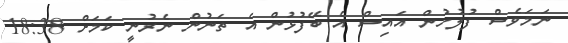
ނަމަވެސް ފުލުހުން އައިސް އެ ބޭފުޅުން އެ ތަނުން ނެރުނީ ކަމަށް 18:38